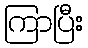
ကြာပြီး